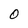
Character: O